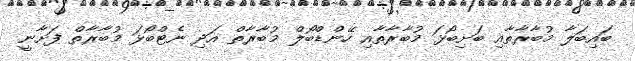
ބައިބަލާ މުބާރާތާއި ބަށިބޯޅަ މުބާރާތާއި ހޭންޑްބޯލް މުބާރާތް އަދި ނެޓްބޯޅަ މުބާރާތް ފަށާނީ